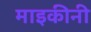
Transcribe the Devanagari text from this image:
माइकीनी